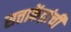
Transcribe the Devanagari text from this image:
सत्ताकेंद्रांची